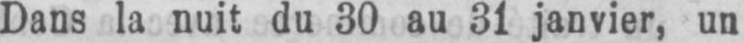
Dans la nuit du 30 au 31 janvier, un